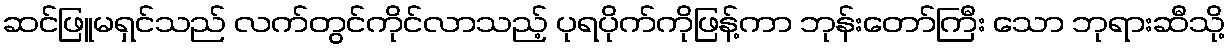
ဆင်ဖြူမရှင်သည် လက်တွင်ကိုင်လာသည့် ပုရပိုက်ကိုဖြန့်ကာ ဘုန်းတော်ကြီး သော ဘုရားဆီသို့